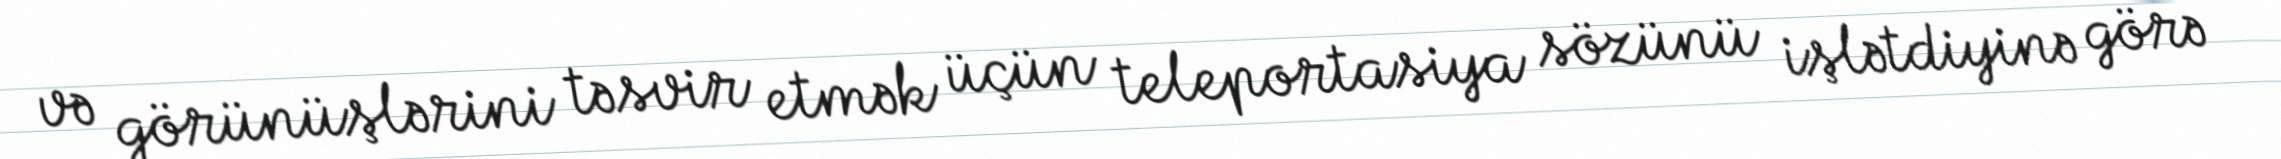
və görünüşlərini təsvir etmək üçün teleportasiya sözünü işlətdiyinə görə